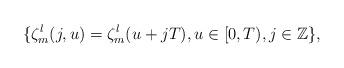
LaTeX: \begin{align*} \{\zeta_{m}^{l}(j, u)=\zeta_{m}^{l}(u+jT),u\in [0,T), j\in\mathbb Z\},\end{align*}